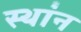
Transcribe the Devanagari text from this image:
स्थांन